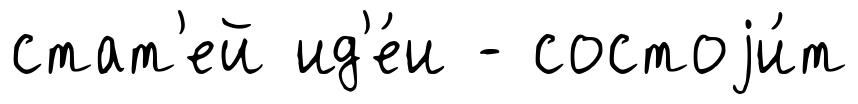
стат'ей ид'е́и - состоjи́т